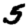
Digit: 5